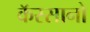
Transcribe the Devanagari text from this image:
कॅस्सानो